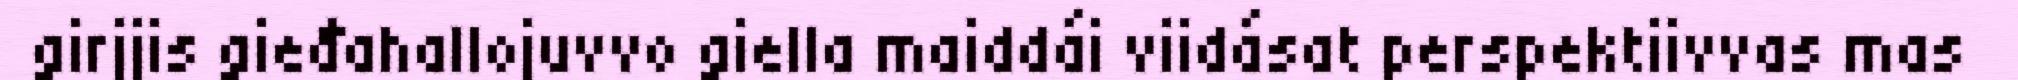
girjjis gieđahallojuvvo giella maiddái viidásat perspektiivvas mas